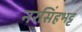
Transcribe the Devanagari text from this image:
नरसिंहभट्ट